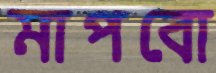
মাপবো